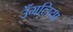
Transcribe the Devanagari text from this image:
उँगलिया